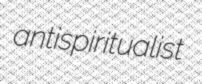
antispiritualist